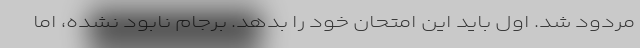
مردود شد. اول باید این امتحان خود را بدهد. برجام نابود نشده، اما